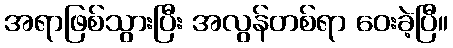
အရာဖြစ်သွားပြီး အလွန်တစ်ရာ ဝေးခဲ့ပြီ။